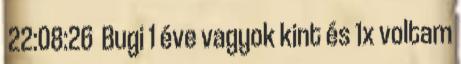
22:08:26 Bugi 1 éve vagyok kint és 1x voltam